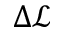
\Delta \mathcal { L }